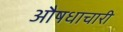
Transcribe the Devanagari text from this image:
औषधाचारी